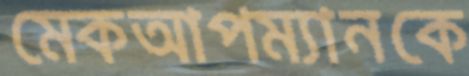
মেকআপম্যানকে